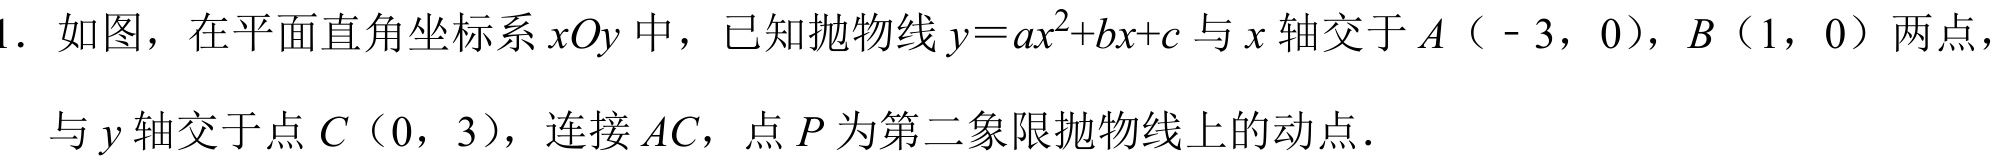
1. 如图，在平面直角坐标系\(xOy\)中，已知抛物线\(y = ax^{2}+bx + c\)与\(x\)轴交于\(A\)（\(-3\)，\(0\)），\(B\)（\(1\)，\(0\)）两点，与\(y\)轴交于点\(C\)（\(0\)，\(3\)），连接\(AC\)，点\(P\)为第二象限抛物线上的动点．